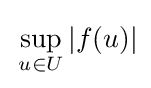
\,\sup _{u\in U}|f(u)|